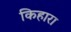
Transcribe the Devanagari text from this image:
किहारा